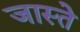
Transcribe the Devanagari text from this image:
जास्ते